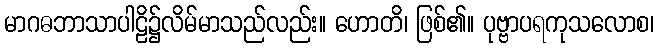
မာဂဓဘာသာပါဠိ၌လိမ်မာသည်လည်း။ ဟောတိ၊ ဖြစ်၏။ ပုဗ္ဗာပရကုသလောစ၊